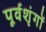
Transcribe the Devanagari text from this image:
पूर्वशृंगों